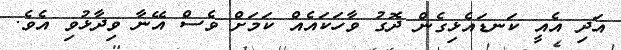
އަދި އެއީ ކަނޑައެޅިގެން ދޮގު ވާހަކައެއް ކަމަށް ވެސް އޭނާ ވިދާޅުވި އެވެ.